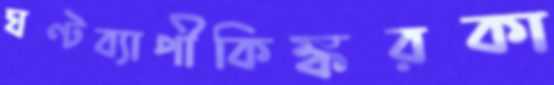
ঘণ্টব্যাপীকিঙ্করকা